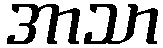
အာသာ